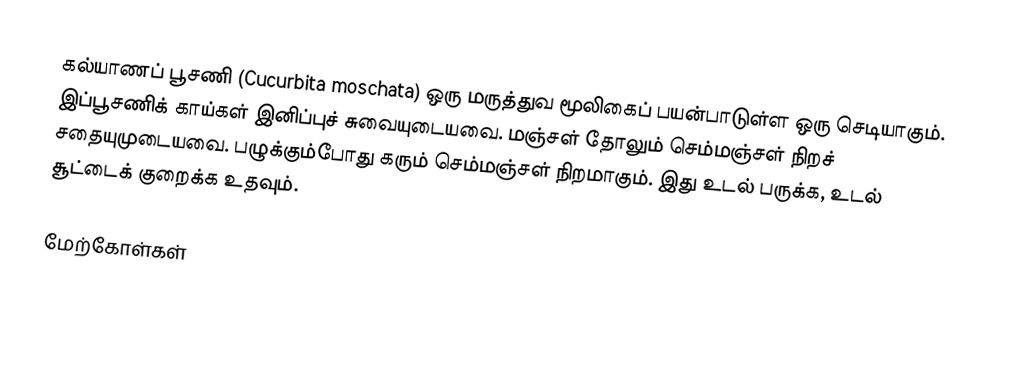
கல்யாணப் பூசணி (Cucurbita moschata) ஒரு மருத்துவ மூலிகைப் பயன்பாடுள்ள ஒரு செடியாகும். இப்பூசணிக் காய்கள் இனிப்புச் சுவையுடையவை. மஞ்சள் தோலும் செம்மஞ்சள் நிறச் சதையுமுடையவை. பழுக்கும்போது கரும் செம்மஞ்சள் நிறமாகும். இது உடல் பருக்க, உடல் சூட்டைக் குறைக்க உதவும்.

மேற்கோள்கள்